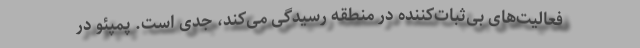
فعالیت‌های بی‌ثبات‌کننده در منطقه رسیدگی می‌کند، جدی است. پمپئو در